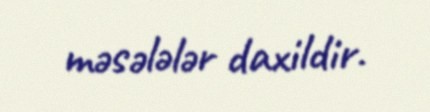
məsələlər daxildir.